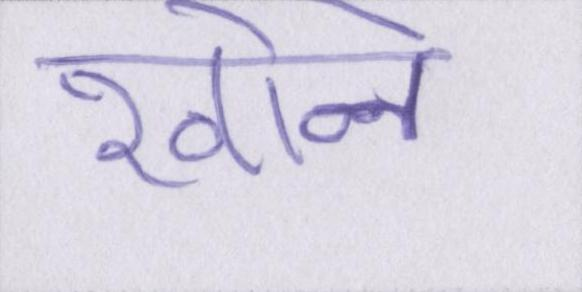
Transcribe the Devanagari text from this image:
खोने